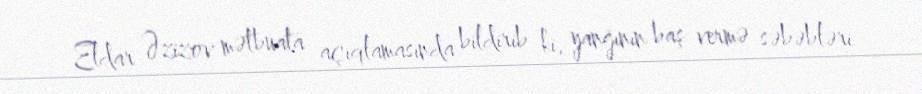
Eldar Əzizov mətbuata açıqlamasında bildirib ki, yanğının baş vermə səbəbləri